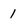
Character: 1